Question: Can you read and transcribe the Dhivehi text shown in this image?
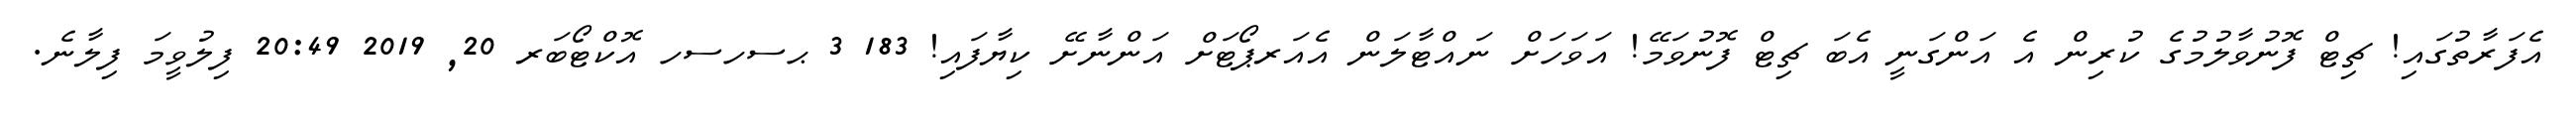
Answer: އެފަރާތުގައި! ޗިޓް ފޮނުވާލުމުގެ ކުރިން އެ އަންގަނީ އެބަ ޗިޓް ފޮނުވަމޭ! އަވަހަށް ނައްޓާލަން އެއަރޕޯޓަށް އަންނާށޭ ކިޔާފައި! 183 3 ޙސހސހ އޮކްޓޯބަރ 20, 2019 20:49 ފިލުވީމަ ފިލާނެ.